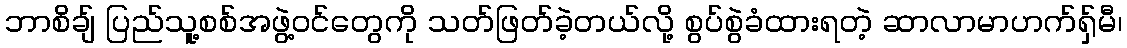
ဘာစိချ် ပြည်သူ့စစ်အဖွဲ့ဝင်တွေကို သတ်ဖြတ်ခဲ့တယ်လို့ စွပ်စွဲခံထားရတဲ့ ဆာလာမာဟက်ရှ်မီ၊